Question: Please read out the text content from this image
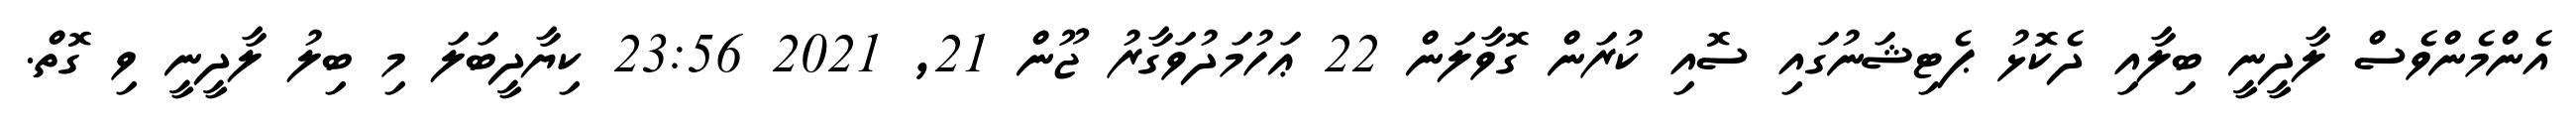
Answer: އެންމެންވެސް ލާދީނީ ބިލާއި ދެކޮޅު ޕެޓިޝަނުގައި ސޮއި ކުރަން ގޮވާލަން 22 ޢަހުމަދުވަގާރު ޖޫން 21, 2021 23:56 ކިޔާދީބަލަ މި ބިލު ލާދީނީ ވި ގޮތް.